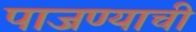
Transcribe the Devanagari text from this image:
पाजण्याची